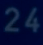
24